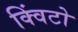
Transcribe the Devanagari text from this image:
क्विंटो